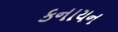
કનાયન